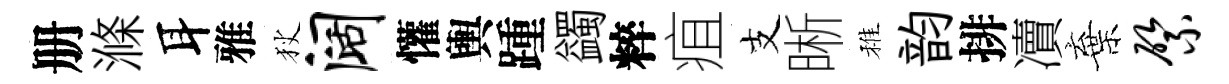
册滌耳雅狄阔懽輿踵蠲粹疽支晰稚韵排凟棄綮